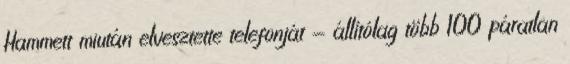
Hammett miután elvesztette telefonját - állítólag több 100 páratlan